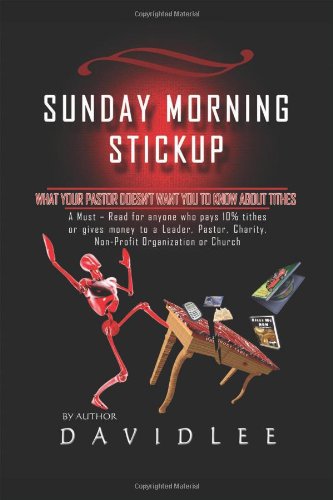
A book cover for Sunday Morning Stickup: What Your Pastor Doesn't Want You to Know about Tithes a Must-Read for Anyone Who Pays 10% Tithes or Gives Money to a; David Lee; Christian Books & Bibles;